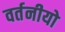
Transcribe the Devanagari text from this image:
वर्तनीयो